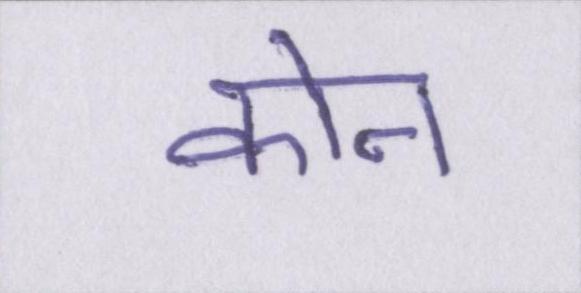
कोन